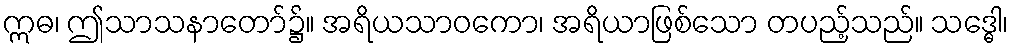
ဣဓ၊ ဤသာသနာတော်၌။ အရိယသာဝကော၊ အရိယာဖြစ်သော တပည့်သည်။ သဒ္ဓေါ၊